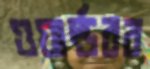
ওয়ার্ল্ডবর